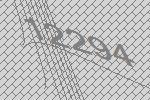
12294